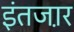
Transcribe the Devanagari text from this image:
इंतजा़र